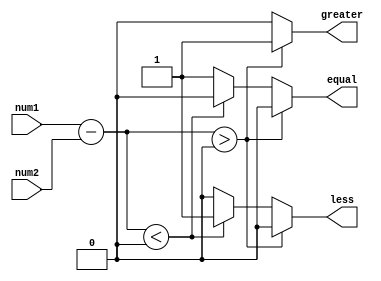
module UnsignedComparator (
    input [7:0] num1,
    input [7:0] num2,
    output reg greater,
    output reg less,
    output reg equal
);

reg [7:0] difference;

always @ (num1 or num2) begin
    difference = num1 - num2;
    
    if (difference > 0) begin
        greater = 1;
        less = 0;
        equal = 0;
    end else if (difference < 0) begin
        greater = 0;
        less = 1;
        equal = 0;
    end else begin
        greater = 0;
        less = 0;
        equal = 1;
    end
end

endmodule